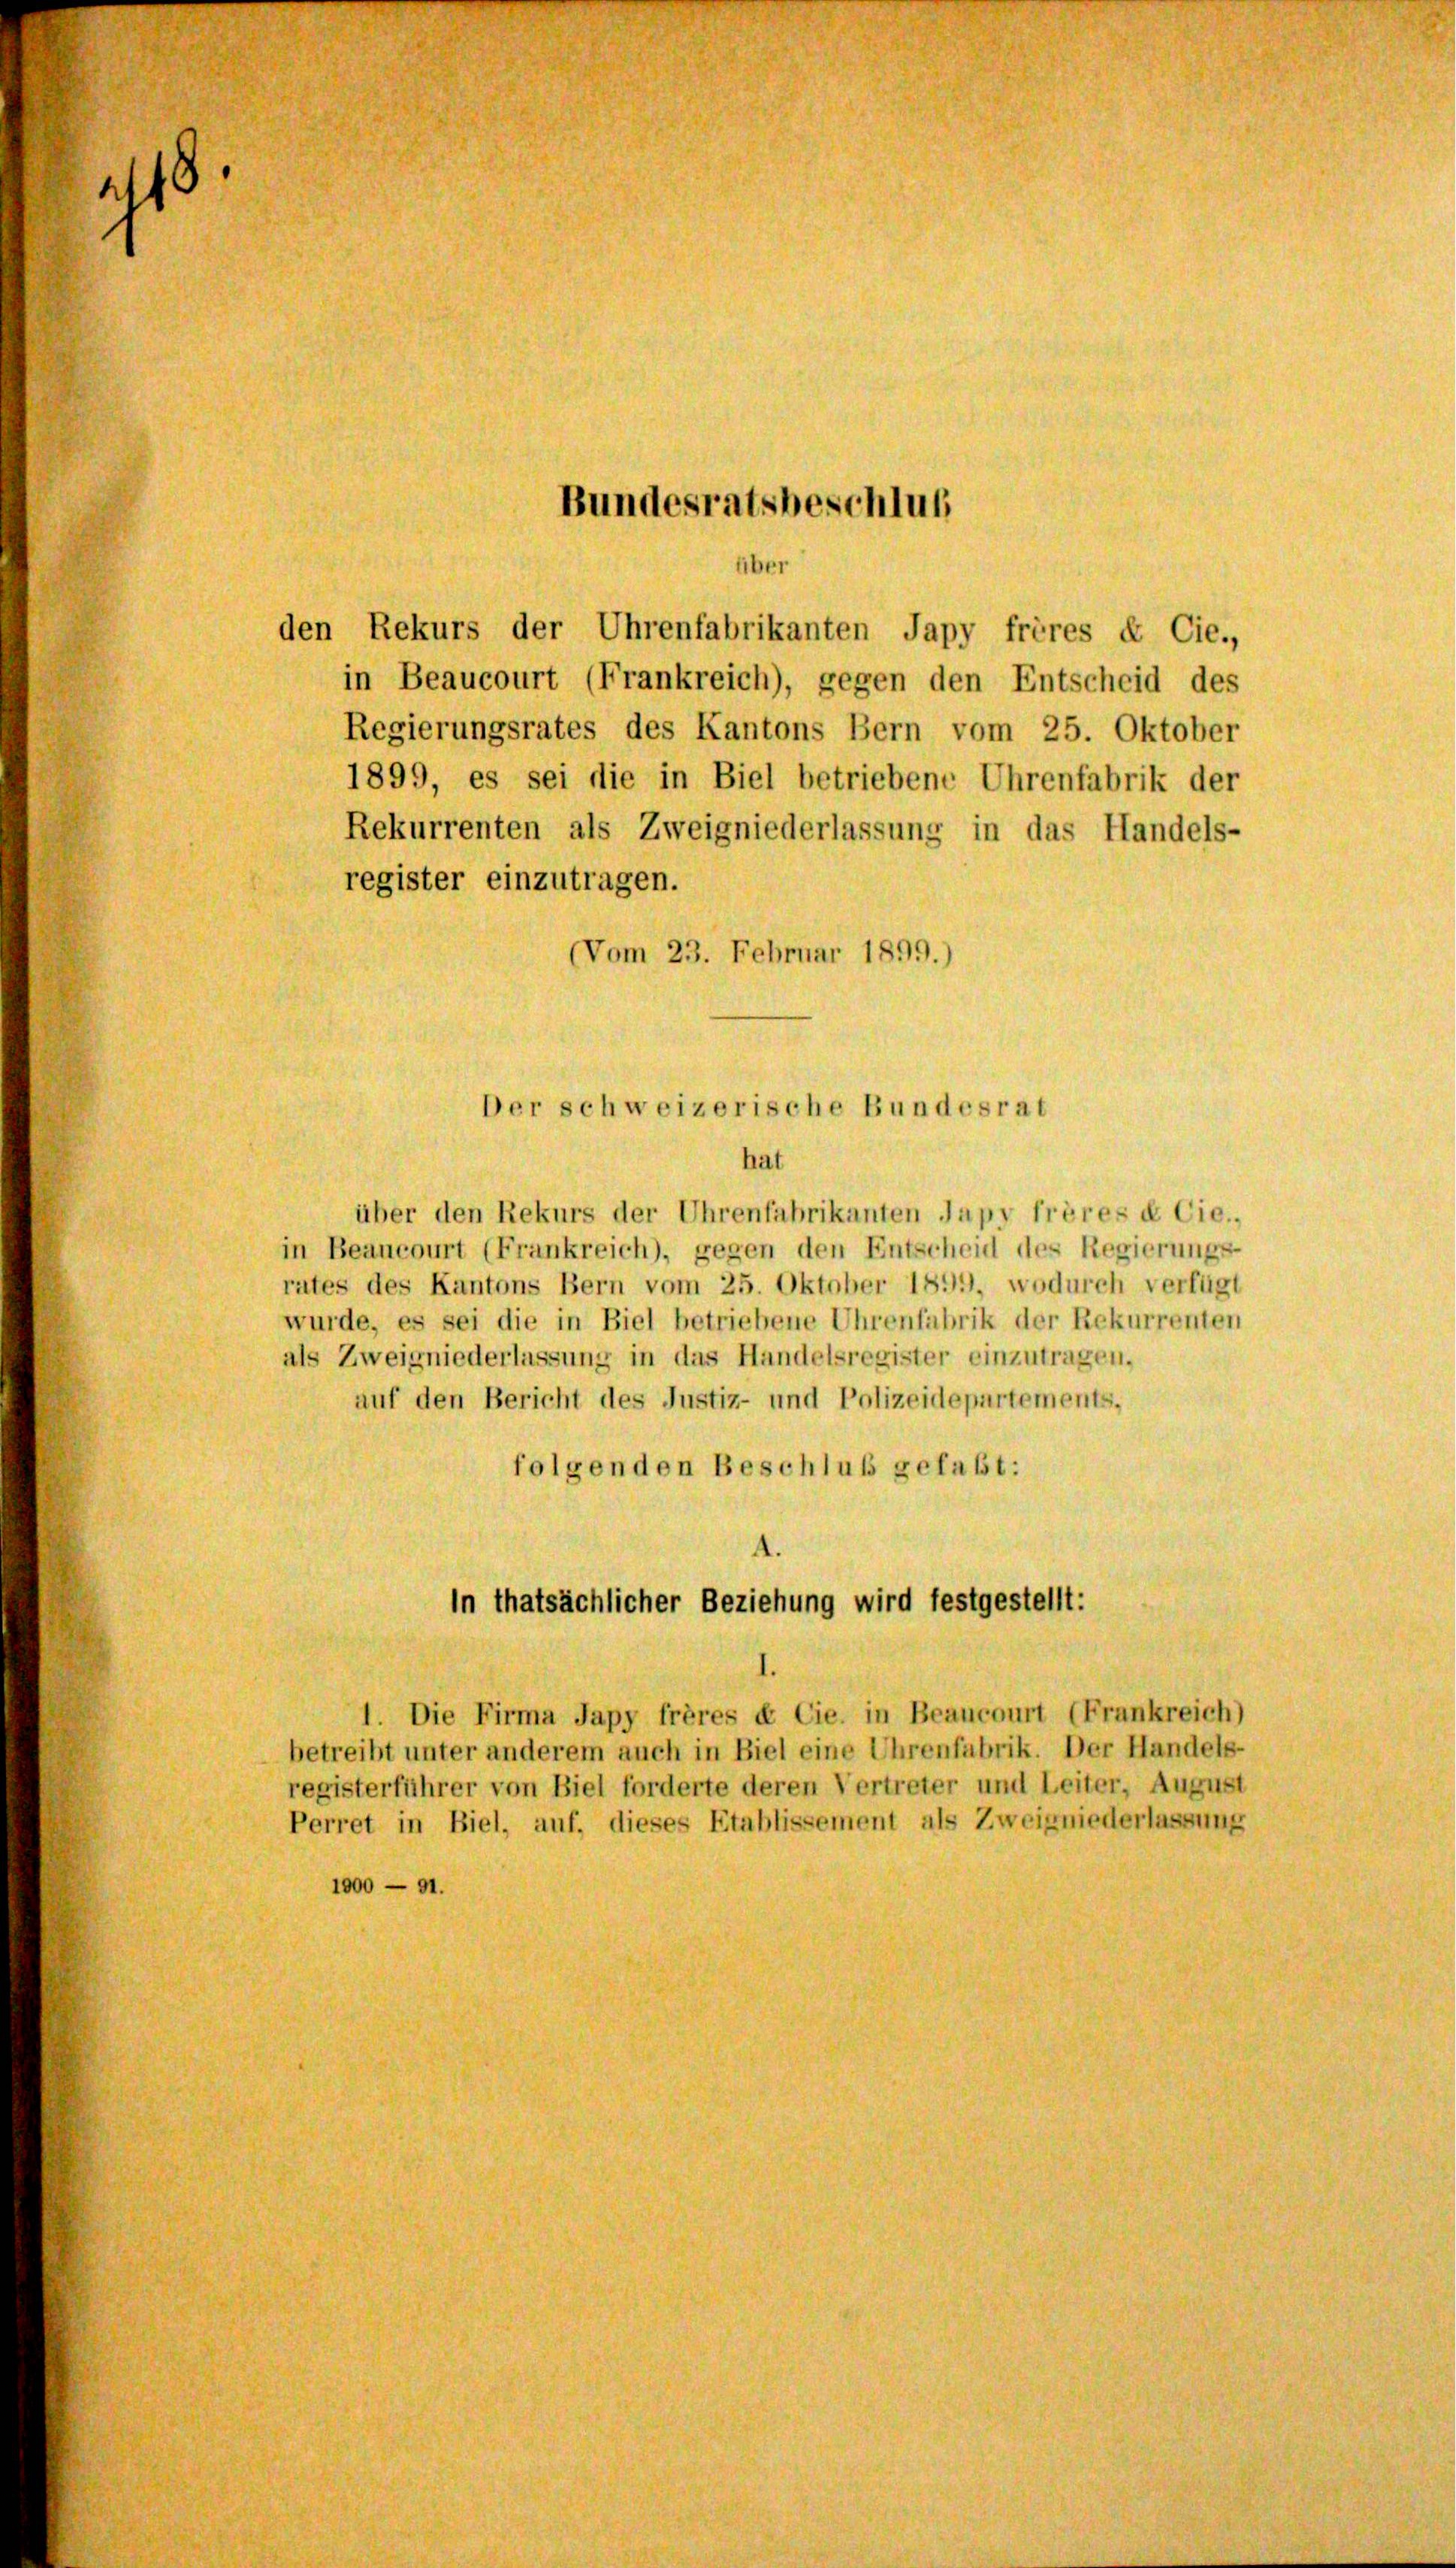
4

d

den Rekurs der Uhrenfabrikanten Japy frères & Cie.
in Beaucourt (Frankreich), gegen den Entscheid des
Regierungsrates des Kantons Bern vom 25. Oktober
1899, es sei die in Biel betriebene Uhrenfabrik der
Rekurrenten als Zweigniederlassung in das Handels-
register einzutragen.
Vom 23. Februar 1899.)

Der schweizerische Bundesrat
hat

Bundesratsbeschluß

er

über den Rekurs der Uhrenfabrikanten Japy frères & Cie.,
in Beaucourt (Frankreich), gegen den Entscheid des Regierungs-
rates des Kantons Bern vom 25. Oktober 1899, wodurch verfügt
wurde, es sei die in Biel betriebene Uhrenfabrik der Rekurrenten
als Zweigniederlassung in das Handelsregister einzutragen,
auf den Bericht des Justiz- und Polizeidepartements,
folgenden Beschluß gefaßt:
In thatsächlicher Beziehung wird festgestellt:
1. Die Firma Japy frères & Cie. in Beaucourt (Frankreich)
betreibt unter anderem auch in Biel eine Uhrenfabrik. Der Handels-
registerführer von Biel forderte deren Vertreter und Leiter, August
Perret in Biel, auf, dieses Etablissement als Zweigniederlassung
1000 — 91.